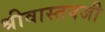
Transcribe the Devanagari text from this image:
श्रीवास्तवजी